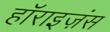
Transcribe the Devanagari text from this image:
हॉराइज़ंस